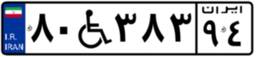
۹۲W۳۵۴۳۴